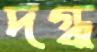
দগ্ধ